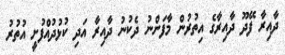
ދާއިރާ ފޭދޫ ދާއިރާގެ އިތުރުން މާފަންނު ދެކުނު ދާއިރާ އަދި ކުޅުދުއްފުށީ އުތުރު